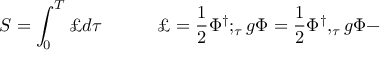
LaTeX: S = \int _ { 0 } ^ { T } \pounds d \tau \quad \quad \quad \pounds = \frac { 1 } { 2 } \Phi ^ { \dagger } ; _ { \tau } g \Phi = \frac { 1 } { 2 } \Phi ^ { \dagger } , _ { \tau } g \Phi -